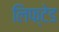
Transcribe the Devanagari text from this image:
लिफ्टेड